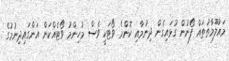
މައުލޫމާތުތައް ފޯނުން ގުޅައިގެން ދިނުމާއި ކޮންމެ ވޯޓަކީ ވެސް މުހިންމު ވޯޓެއްކަން އަންގައިދިނުމުގެ